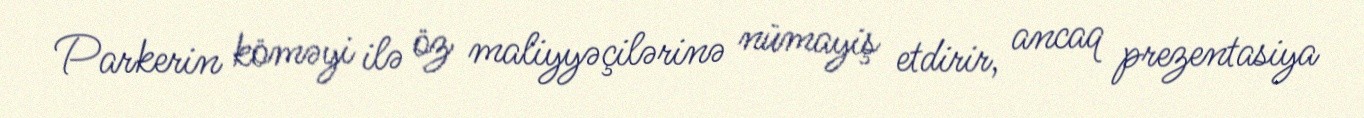
Parkerin köməyi ilə öz maliyyəçilərinə nümayiş etdirir, ancaq prezentasiya